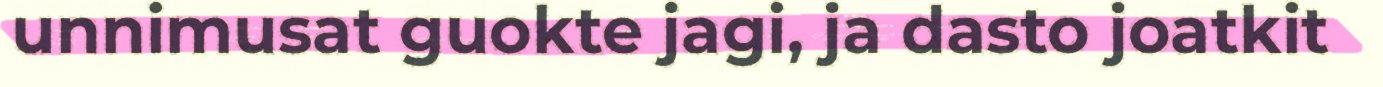
unnimusat guokte jagi, ja dasto joatkit